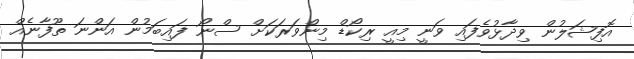
އޮފިޝަލުން ވިދާޅުވެފައި ވަނީ މިއީ ރިކޯޑް މިންވަރަކަށް ސްނޯ ފައިބަމުން އަންނަ ތޫފާނެއް